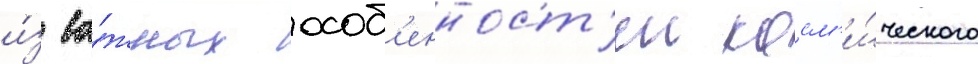
и́з ва́жных особ'енност'еи косм'и́ческого